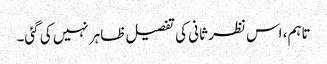
تاہم، اس نظر ثانی کی تفصیل ظاہر نہیں کی گئی۔